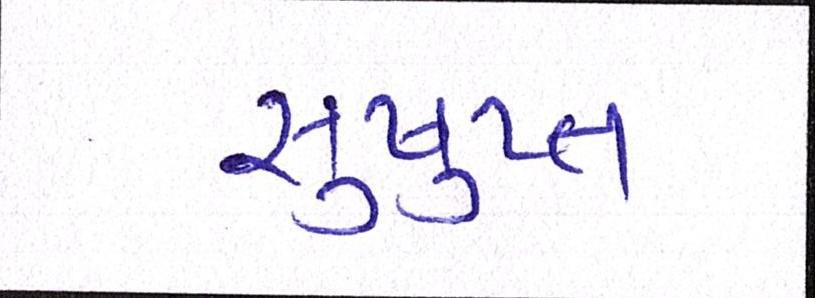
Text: સુષુપ્ત